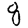
Digit: 8